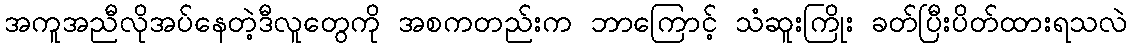
အကူအညီလိုအပ်နေတဲ့ဒီလူတွေကို အစကတည်းက ဘာကြောင့် သံဆူးကြိုး ခတ်ပြီးပိတ်ထားရသလဲ